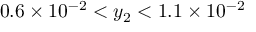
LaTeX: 0 . 6 \times 1 0 ^ { - 2 } < y _ { 2 } < 1 . 1 \times 1 0 ^ { - 2 }